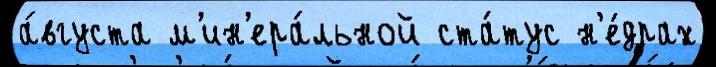
а́вгуста м'ин'ера́льной ста́тус н'е́драх